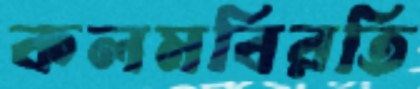
কলমবিরতি